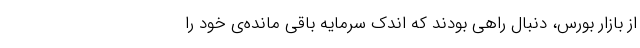
از بازار بورس، دنبال راهی بودند که اندک سرمایه باقی مانده‌ی خود را